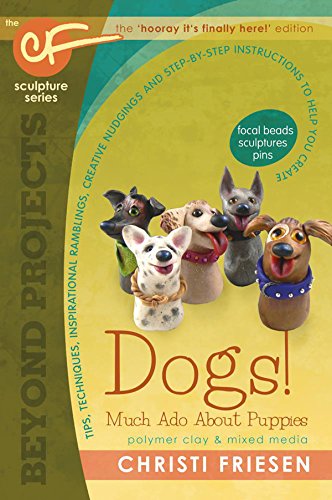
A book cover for Dogs! Much Ado About Puppies: The CF Sculpture Series Book 8 (Beyond Projects); Christi Friesen; Crafts, Hobbies & Home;